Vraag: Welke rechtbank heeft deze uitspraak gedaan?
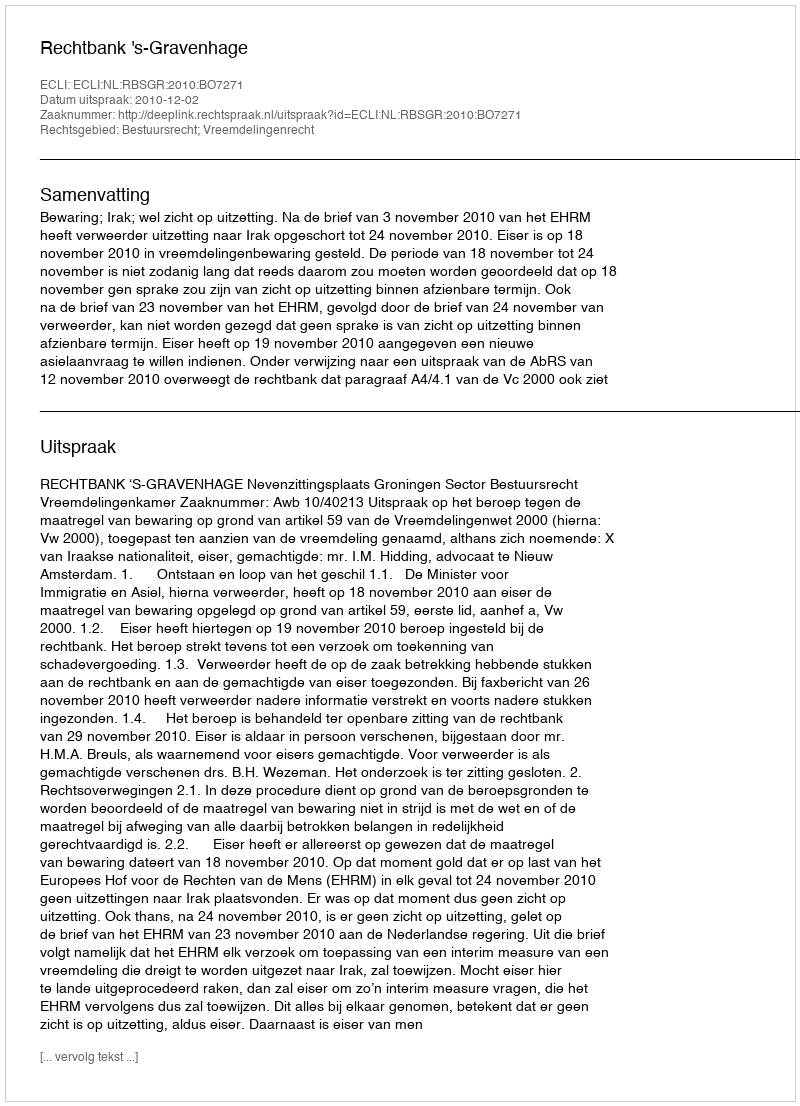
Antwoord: Rechtbank 's-Gravenhage